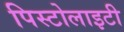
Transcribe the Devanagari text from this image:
पिस्टोलाइटी